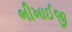
ભીખાઈજી